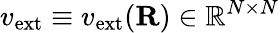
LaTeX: v_{\mathrm{ext}}\equiv v_{\mathrm{ext}}({\mathbf R})\in{\mathbb R}^{N\times N}